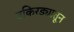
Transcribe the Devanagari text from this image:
उकिरड्यातून